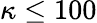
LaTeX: \kappa\leq 100